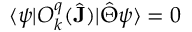
\langle \psi | O _ { k } ^ { q } ( \hat { \mathbf { J } } ) | \hat { \Theta } \psi \rangle = 0